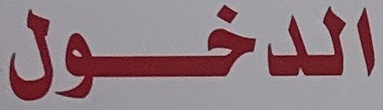
الدخول